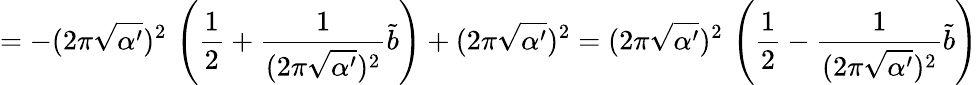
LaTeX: =-(2\pi\sqrt{\alpha^{\prime}})^{2}\, \left(\frac{1}{2}+\frac{1}{(2\pi\sqrt{\alpha^{\prime}})^{2}}\tilde{b}\right)+(2\pi\sqrt{\alpha^{\prime}})^{2}=(2\pi\sqrt{\alpha^{\prime}})^{2}\, \left(\frac{1}{2}-\frac{1}{(2\pi\sqrt{\alpha^{\prime}})^{2}}\tilde{b}\right)